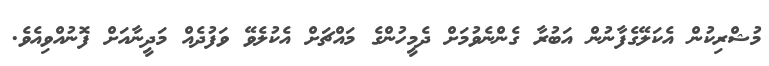
މުޝްރިކުން އެކަލޭގެފާނުން އަބުރާ ގެންނެވުމަށް ދެމީހުންގެ މައްޗަށް އެކުލެވޭ ވަފުދެއް މަދީނާއަށް ފޮނުއްވިއެވެ.